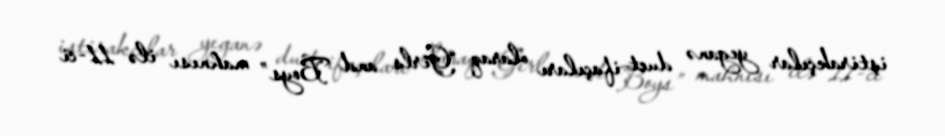
iştirakçılar yeganə duet ifaçıları olaraq “Girls and Boys” mahnısı ilə 11-ci